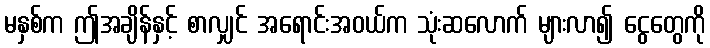
မနှစ်က ဤအချိန်နှင့် စာလျှင် အရောင်းအဝယ်က သုံးဆလောက် များလာ၍ ငွေတွေကို